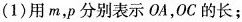
(1)用m，p分别表示OA，0C的长；